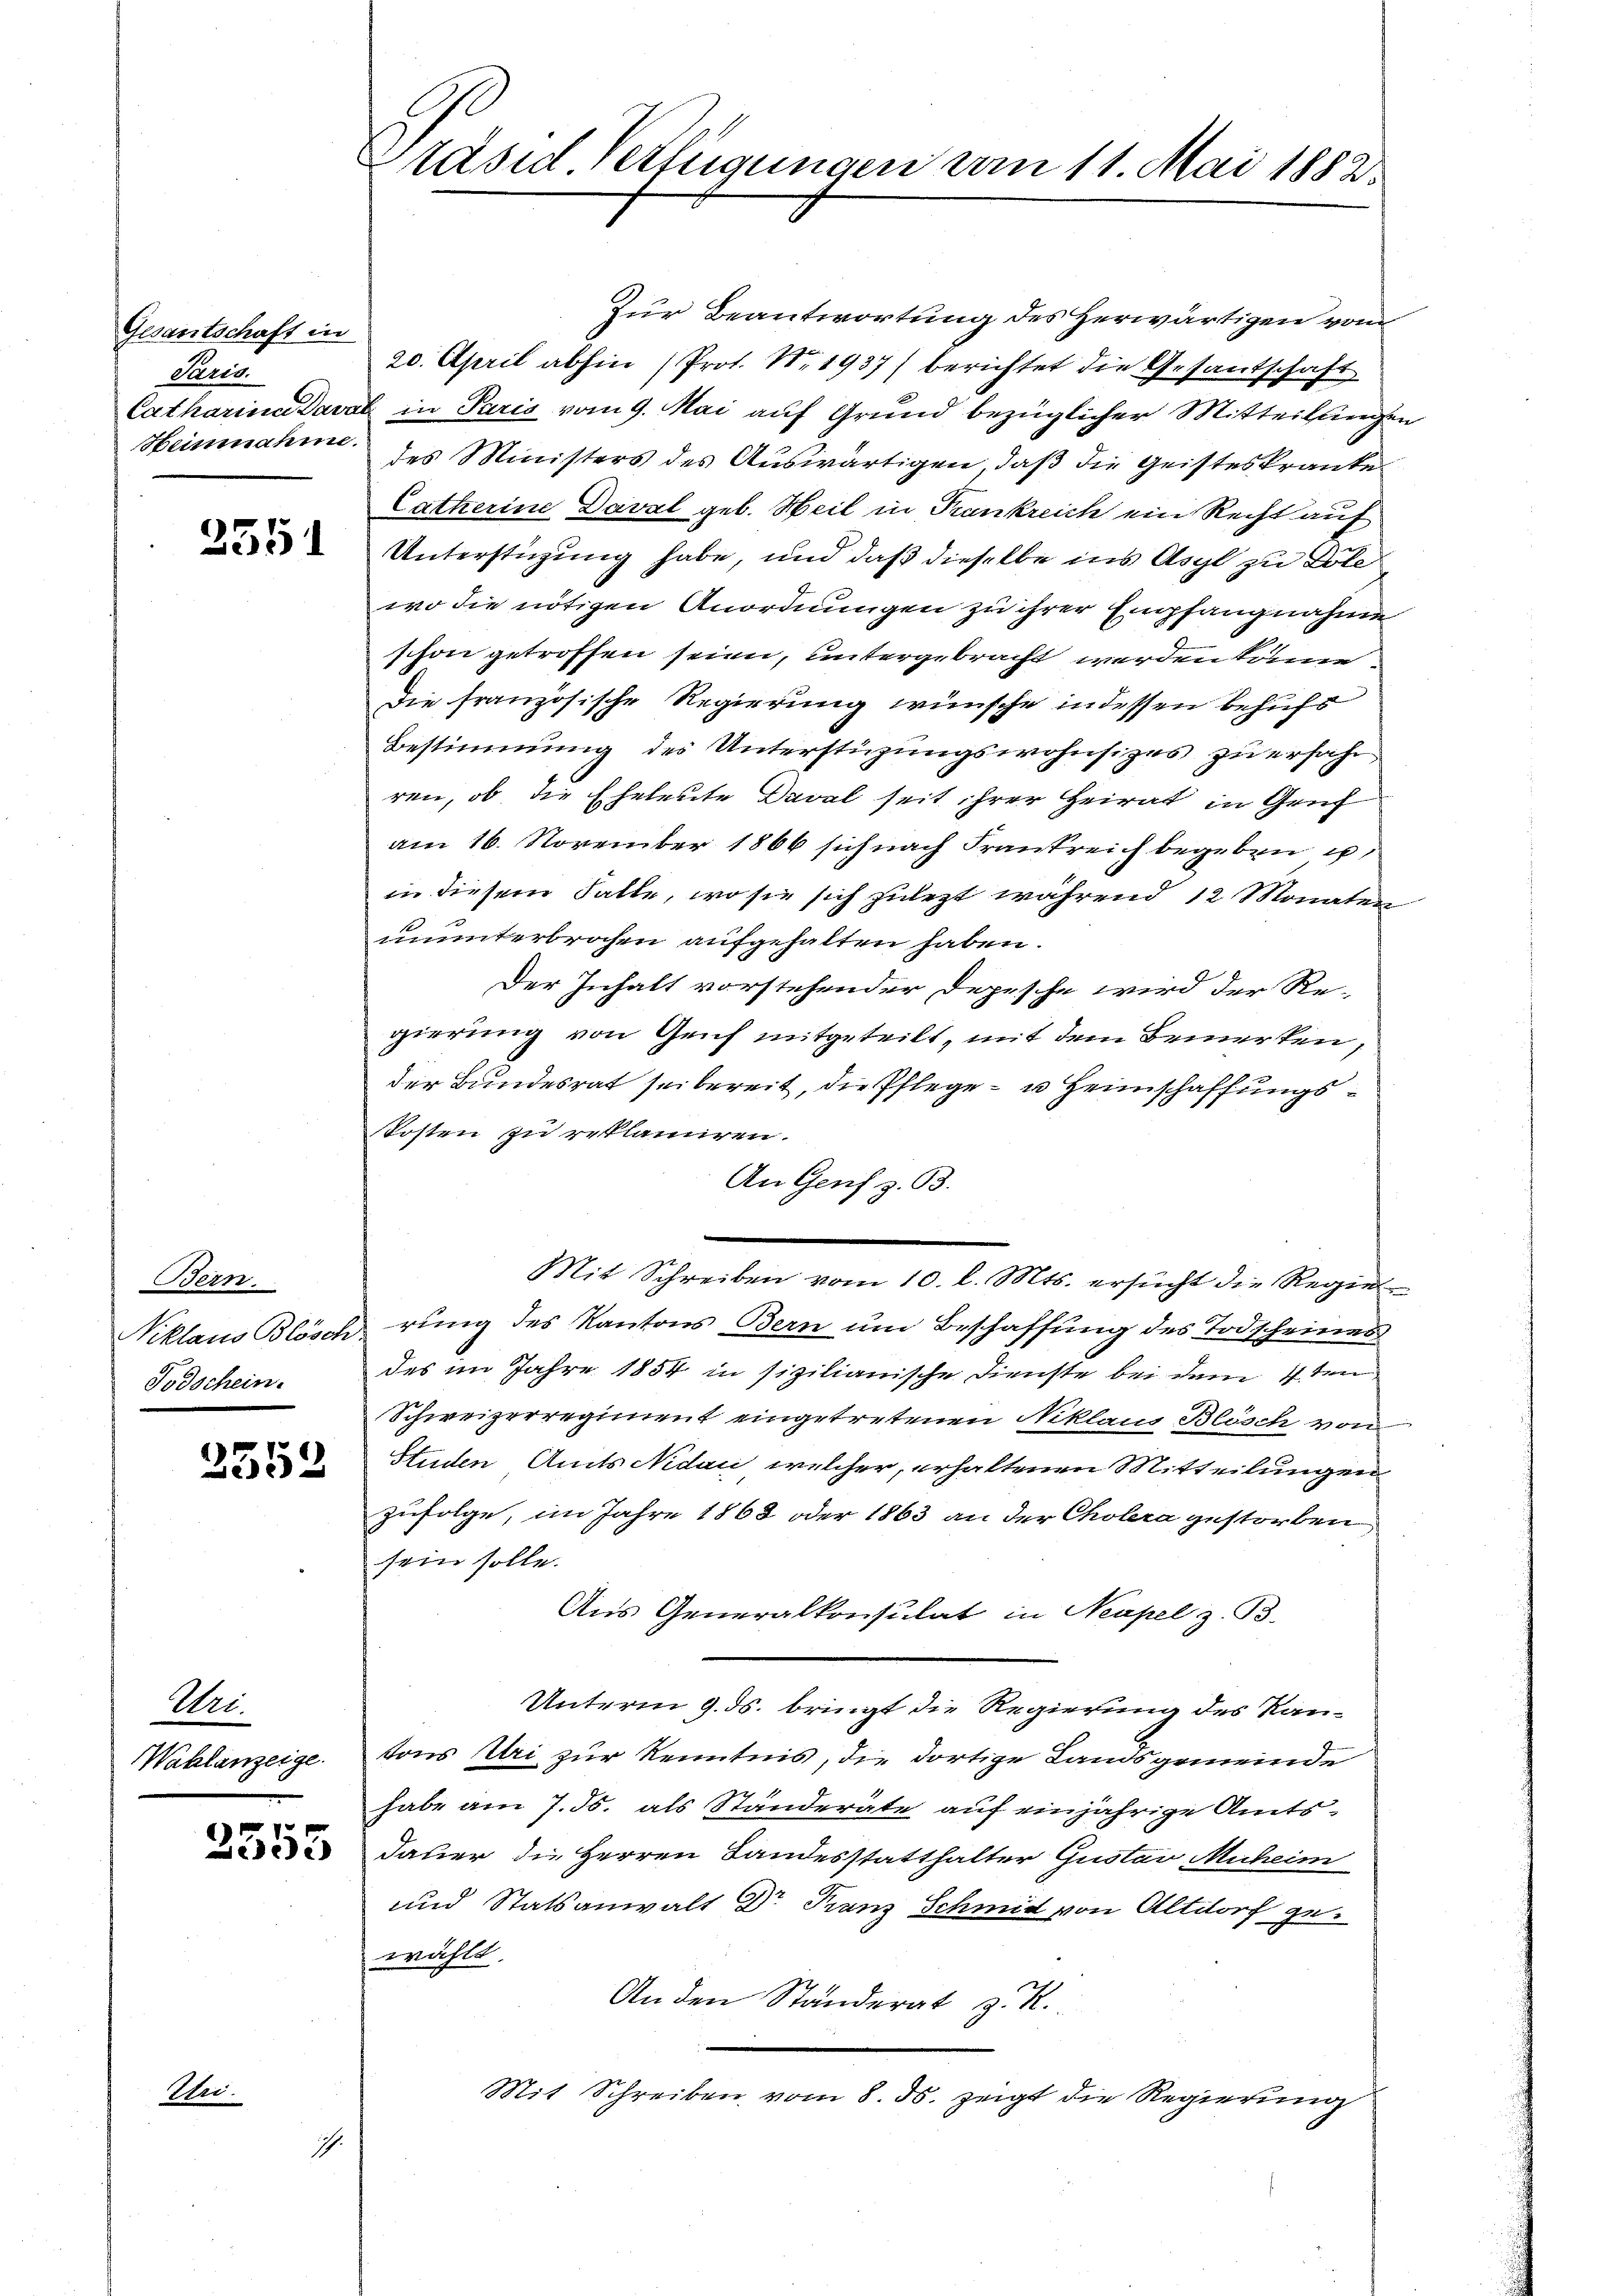
Gesantschaft in
Paris.
Heinnahme.

Sei.

2551

Bern.
Todschein.

2552

Wei¬
Wahlanzeige.

2555

Ich.

Präsid Verfügungen vom 11. Mai 1882.

Zur Beantwortung des Herwärtigen vom
20. April abhin (Prot. N. 1937) berichtet die Gesantschaft
Catharina Daval in Paris vom 9. Mai auf Grund bezüglicher Mitteilungen
des Ministers des Auswärtigen, daß die Geisteskranke
Catherine Daval geb. Heil in Trankreich ein Recht auf
Unterstüzung habe, und daß dieselbe ins Asyl zu Dole
wo die nötigen Anordnungen zu ihrer Empfangnahme
schon getroffen seien, untergebracht werden köne
Die französische Regierung wünsche indessen behufs
Bestimmung des Unterstüzungswohnsitzes zu erfahr
ren, ob die Eheleute Daval seit ihrer Heirat in Genf
am 16. November 1866 sich nach Frankreich begeben u
in diesem Falle, wo sie sich zulezt während 12 Monaten
ununterbrochen aufgehalten haben.
Der Inhalt vorstehender Depesche wird der Re-
gierung von Genf mitgeteilt, mit dem Bemerken,
der Bundesrat sei bereit, die Pflege - u. Heimschaffungs¬
Kosten zu reklamiren.
An Genf z. B.
Mit Schreiben vom 10. l. Mts. ersucht die Regier
Niklaus Blösch rung des Kantons Bern um Beschaffung des Todscheines
des im Jahre 1854 in sizilianische Dienste bei dem 1 ten
Schweizerregiment eingetretenen Niklaus Blösch von
Studen Amts Nidau, welcher, erhaltenen Mitteilungen
zufolge, im Jahre 1868 oder 1863 an der Cholera gestorben
sein solle.
Aus Generalkonsulat in Neapel z. B.
Unterm 9. ds. bringt die Regierung des Kantons Uri zur Kenntnis, die dortige Landsgemeinde
habe am 7. ds. als Ständeräte auf einjährige Amts¬
Dauer die Herren Landesstatthalter Gustav Muheim
und Statsanwalt Dr Franz Schmid von Altdorf gewählt.
An den Ständerat z. R.
Mit Schreiben vom 8. ds. zeigt die Regierung